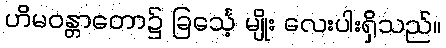
ဟိမဝန္တာတော၌ ခြင်္သေ့ မျိုး လေးပါးရှိသည်။